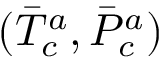
( \Bar { T } _ { c } ^ { a } , \Bar { P } _ { c } ^ { a } )